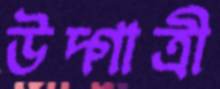
উদ্গাত্রী